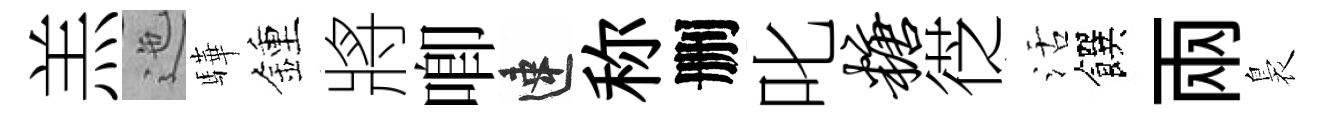
羔迤驊鍾將唧速称删叱糖徔活饌兩裊